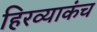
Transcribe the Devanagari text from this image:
हिरव्याकंच